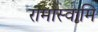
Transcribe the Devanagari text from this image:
रामास्वामि